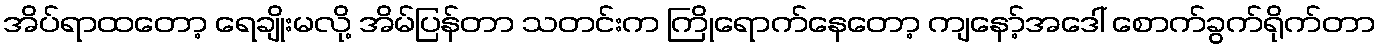
အိပ်ရာထတော့ ရေချိုးမလို့ အိမ်ပြန်တာ သတင်းက ကြိုရောက်နေတော့ ကျနော့်အဒေါ် စောက်ခွက်ရိုက်တာ